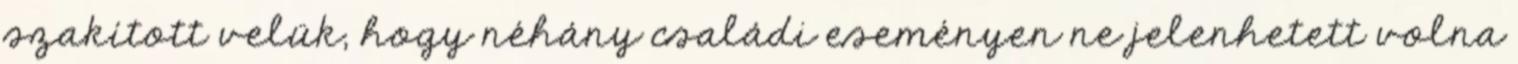
szakított velük, hogy néhány családi eseményen ne jelenhetett volna